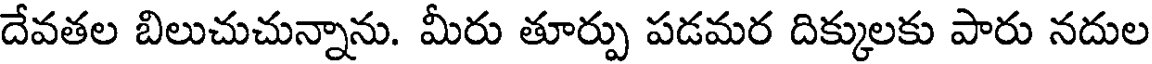
దేవతల బిలుచుచున్నాను. మీరు తూర్పు పడమర దిక్కులకు పారు నదుల